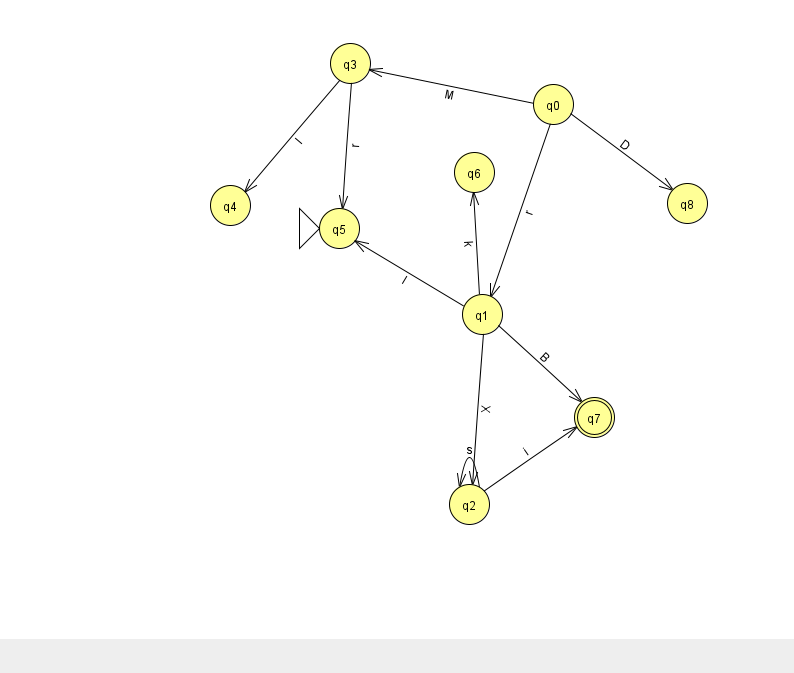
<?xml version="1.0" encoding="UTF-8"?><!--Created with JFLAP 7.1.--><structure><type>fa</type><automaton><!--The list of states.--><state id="0" name="q0"><x>553.0</x><y>91.0</y></state><state id="1" name="q1"><x>482.0</x><y>301.0</y></state><state id="2" name="q2"><x>469.0</x><y>491.0</y></state><state id="3" name="q3"><x>350.0</x><y>50.0</y></state><state id="4" name="q4"><x>230.0</x><y>192.0</y></state><state id="5" name="q5"><x>339.0</x><y>215.0</y><initial/></state><state id="6" name="q6"><x>474.0</x><y>159.0</y></state><state id="7" name="q7"><x>594.0</x><y>404.0</y><final/></state><state id="8" name="q8"><x>687.0</x><y>190.0</y></state><!--The list of transitions.--><transition><from>0</from><to>1</to><read>r</read></transition><transition><from>0</from><to>8</to><read>D</read></transition><transition><from>2</from><to>2</to><read>s</read></transition><transition><from>1</from><to>5</to><read>I</read></transition><transition><from>1</from><to>2</to><read>X</read></transition><transition><from>1</from><to>7</to><read>B</read></transition><transition><from>1</from><to>6</to><read>k</read></transition><transition><from>0</from><to>3</to><read>M</read></transition><transition><from>2</from><to>7</to><read>i</read></transition><transition><from>3</from><to>5</to><read>r</read></transition><transition><from>3</from><to>4</to><read>I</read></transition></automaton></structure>